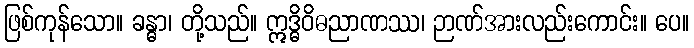
ဖြစ်ကုန်သော။ ခန္ဓာ၊ တို့သည်။ ဣဒ္ဓိဝိဓညာဏဿ၊ ဉာဏ်အားလည်းကောင်း။ ပေ။